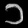
Digit: ၁